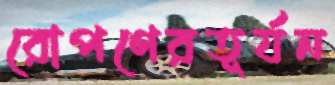
রোপণেরতূর্যন